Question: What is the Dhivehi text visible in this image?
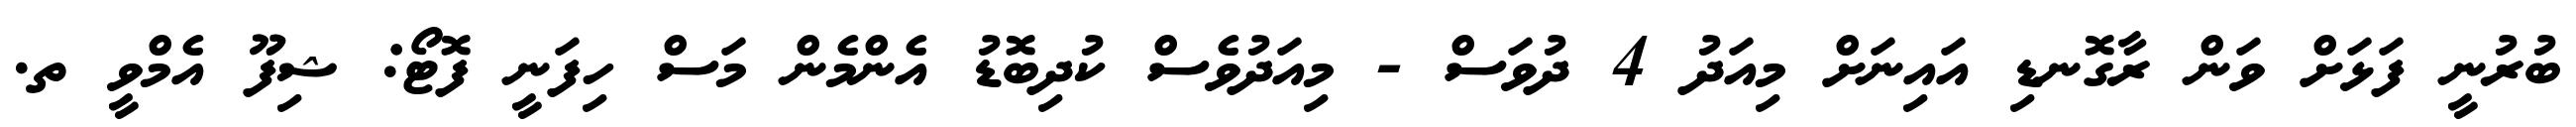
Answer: ބުރުނީ ފަޅަށް ވަން ރާގޮނޑި އައިނަށް މިއަދު 4 ދުވަސް - މިއަދުވެސް ކުދިބޮޑު އެންމެން މަސް ހިފަނީ ފޮޓޯ: ޝިފޫ އެމްވީ ތ.